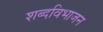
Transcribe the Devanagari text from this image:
शब्दविभाजन